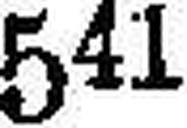
541